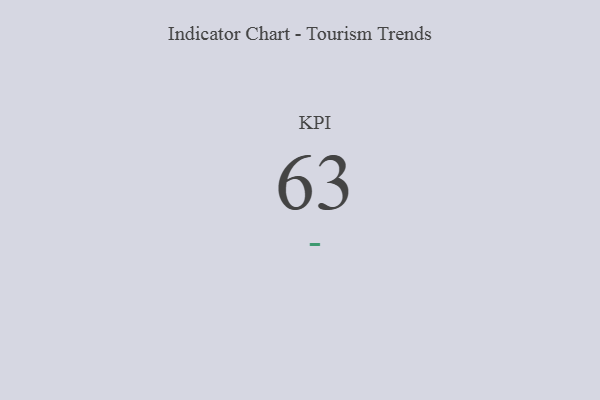
{"axis": {"x": "KPI", "y": "Value"}, "legend": [""], "data": [{"x": "KPI", "y": 63, "type": ""}]}